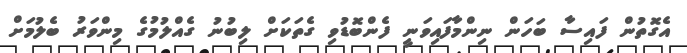
އެގޮތުން ފައިސާ ބަހަން ނިންމާފައިވަނީ ފެންބޮޑުވި ގެތަކަށް ލިބުނު ގެއްލުމުގެ މިންވަރު ބެލުމަށް